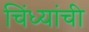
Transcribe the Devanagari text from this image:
चिंध्यांची